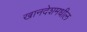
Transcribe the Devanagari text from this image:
खानदेशमधील